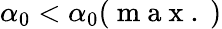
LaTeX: \alpha_{0}<\alpha_{0}(\mathrm{~m~a~x~.~})